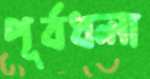
পূর্বধলা